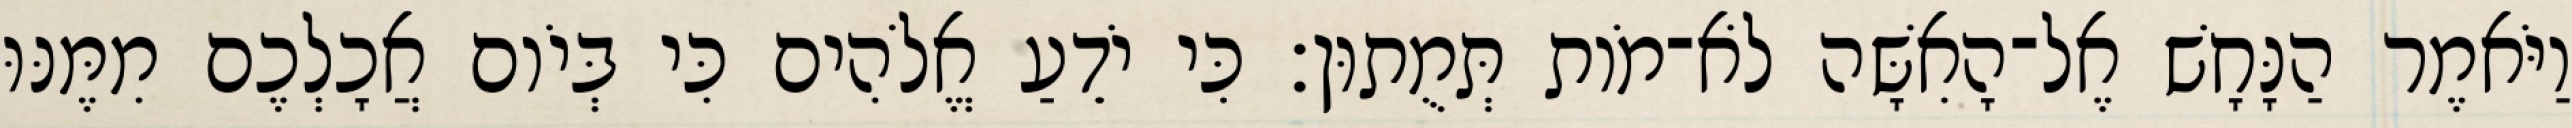
וַיֹּאמֶר הַנָּחָשׁ אֶל־הָאִשָּׁה לֹא־מֹות תְּמֻתוּן׃ כִּי יֹדֵעַ אֱלֹהִים כִּי בְּיֹום אֲכָלְכֶם מִמֶּנּוּ